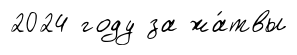
2024 году за жа́твы